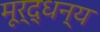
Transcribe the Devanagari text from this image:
मूर्द्धन्य